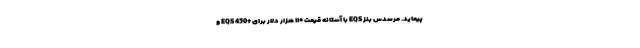
پیماید. مرسدس بنز EQS با آستانه قیمت ۱۱۰ هزار دلار برای +EQS 450 و